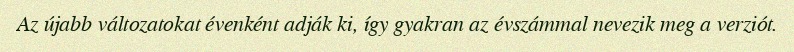
Az újabb változatokat évenként adják ki, így gyakran az évszámmal nevezik meg a verziót.